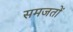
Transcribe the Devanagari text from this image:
समजतों